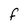
Character: f